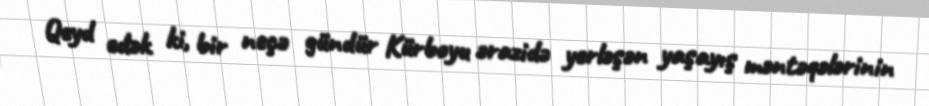
Qeyd edək ki, bir neçə gündür Kürboyu ərazidə yerləşən yaşayış məntəqələrinin